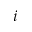
i